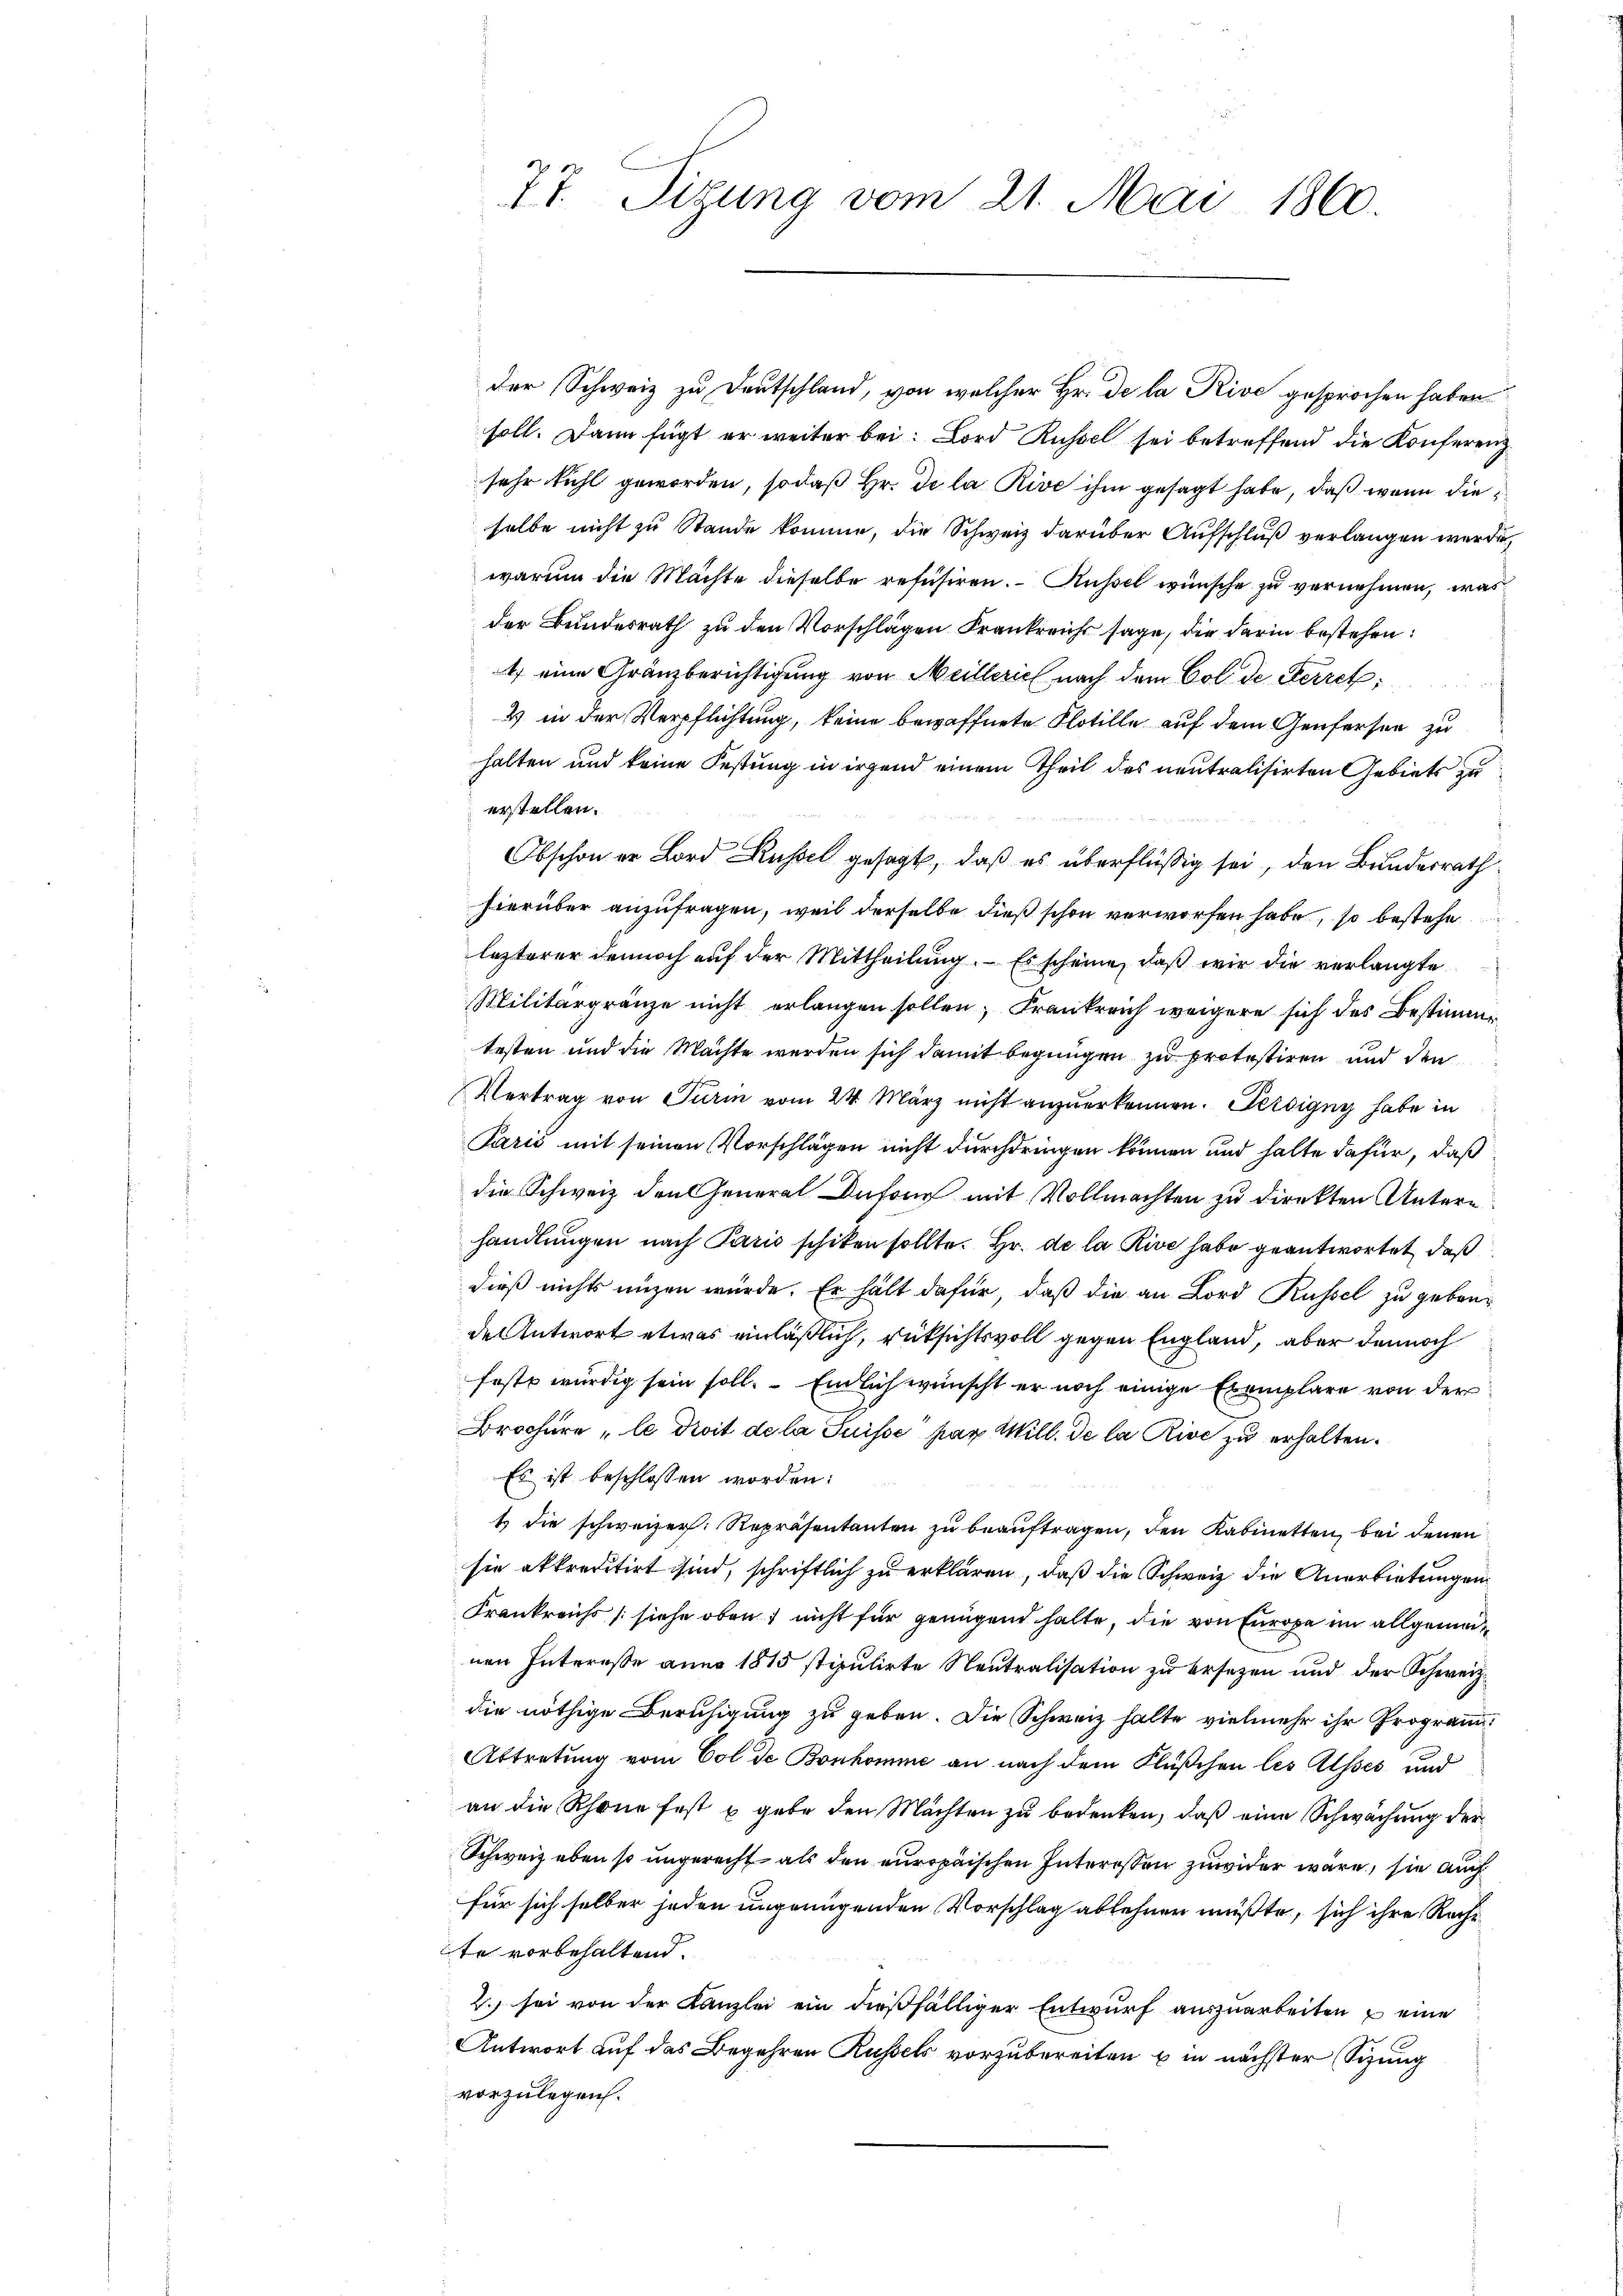
77. Sizung vom 21. Mai 1860

der Schweiz zu Deutschland, von welcher Hr. De la Rive gesprochen haben
soll. Dann fügt er weiter bei: Bord Russel sei betreffend die Konferenz
sehr fühl geworden, sodaß Hr. De la Rive ihm gesagt habe, daß wenn dieselbe nicht zu Stande komme, die Schweiz darüber Aufschluß verlangen werde
warum die Machte dieselbe refusiren. – Küssel wünsche zu vernehmen, was
der Bundesrath zu den Vorschlägen Frankreich sage, die darin bestehen:
1) eine Gränzberichtigung von Meillerich nach dem Col. de Herret,
4 in der Verpflichtung, keine bewaffnete Flotille auf dem Genfersen zu
halten und keine Festung in irgend einem Theil des neutralisirten Gebiets zu
erstellen.
Obschon er Bord Russel gesagt, daß es überflüßig sei, den Bundesrath
hierüber anzufragen, weil derselbe dieß schon verworfen habe, so bestehe
lezterer dennoch auf der Mittheilung. Es scheine, daß wir die verlangte
Militärgränze nicht erlangen sollen, Frankreich weigere sich des Bestimmtesten und die Machte werden sich damit begnügen zu protestiren und den
Vertrag von Turm vom 24. März nicht anzŭerkennen. Ferdigny habe in
Paris mit seinen Vorschlägen nicht durchdringen können und halte dafür, daß
die Schweiz den General Dufour mit Vollmachten zu direkten Untern
handlungen nach Paris schiken sollte. Hr. de la Rive habe geantwortet, daß
dieß nichts nuzen würde. Er hält dafür, daß die an Lord Küssel zu gebende Antwort etwas einläßlich, rücksichtsvoll gegen England, aber dennoch
feste würdig sein soll. Endlich wünscht er noch einige Exemplare von der
Brochüre „le droit de la Suisse par Will. de la Rive zu erhalten.
Es ist beschlossen worden:
1 die schweizer. Repräsentanten zu beauftragen, den Kabinetten, bei denen
sie akkreditirt sind, schriftlich zu erklären, daß die Schweiz die Anerbietungen
Frankreichs (siehe oben nicht für genügend halte, die von Europa im allgemeinen Interesse anno 1815 stipulirte Neutralisation zu ersezen und der Schweiz.
die nöthige Beruhigung zu geben. Die Schweiz halte vielmehr ihr Program¬
Abtretung vom Col de Bonkomme an nach dem Flüßchen les Asses und
an die Rhone fest u gebe den Mächten zu bedenken, daß eine Schwächung der
Schweiz eben so ungerecht als den europäischen Interessen zuwider wäre, sie auch
für sich selber jeden ungenügenden Vorschlag ablehnen müßte, sich ihre Rache
te vorbehaltend.
2. sei von der Kanzlei ein dießfälliger Entwurf auszuarbeiten – eine
Antwort auf das Begehren Russels vorzubereiten bin nächster Sitzung
vorzulegerich.